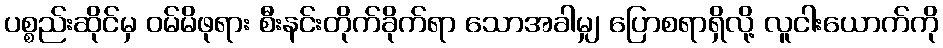
ပစ္စည်းဆိုင်မှ ဝမ်မိဖုရား စီးနင်းတိုက်ခိုက်ရာ သောအခါမျှ ပြောစရာရှိလို့ လူငါးယောက်ကို